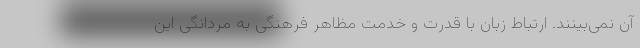
آن نمی‌بینند. ارتباط زبان با قدرت و خدمت مظاهر فرهنگی به مردانگی این